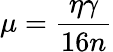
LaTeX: \mu=\frac{\eta\gamma}{16n}